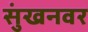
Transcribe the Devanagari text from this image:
सुंखनवर